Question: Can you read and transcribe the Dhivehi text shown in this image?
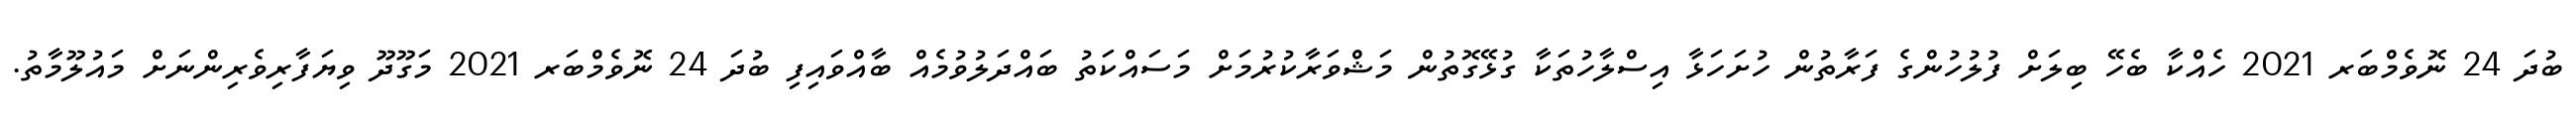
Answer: ބުދަ 24 ނޮވެމްބަރ 2021 ހެއްކާ ބެހޭ ބިލަށް ފުލުހުންގެ ފަރާތުން ހުށަހަޅާ އިސްލާހުތަކާ ގުޅޭގޮތުން މަޝްވަރާކުރުމަށް މަސައްކަތު ބައްދަލުވުމެއް ބާއްވައިފި ބުދަ 24 ނޮވެމްބަރ 2021 މަގޫދޫ ވިޔަފާރިވެރިންނަށް މައުލޫމާތު.